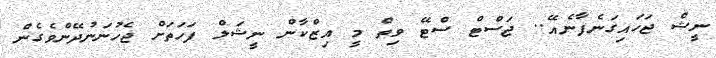
ނީޝް ޖަހައިގަނެފާނެއޭ.. ޖަސްޓް ސްޓޭ ވިތް މީ އިޒްކާން ނީޝަލް ފަހަތަށް ޖެހުނަނުދޭންވެގެން